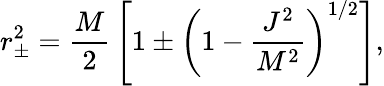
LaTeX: r_{\pm}^{2}={\frac{M}{2}}\left[1\pm\left(1-{\frac{J^{2}}{M^{2}}}\right)^{1/2}\right],